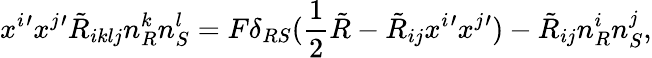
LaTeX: x^{i}{'}x^{j}{'}\tilde{R}_{iklj}n_{R}^{k}n_{S}^{l}=F\delta_{RS}(\frac{1}{2}\tilde{R}-\tilde{R}_{ij}x^{i}{'}x^{j}{'})-\tilde{R}_{ij}n_{R}^{i}n_{S}^{j},